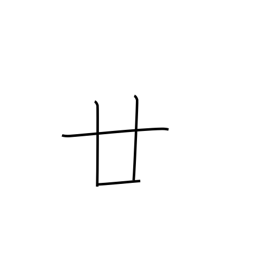
Meaning: twenty